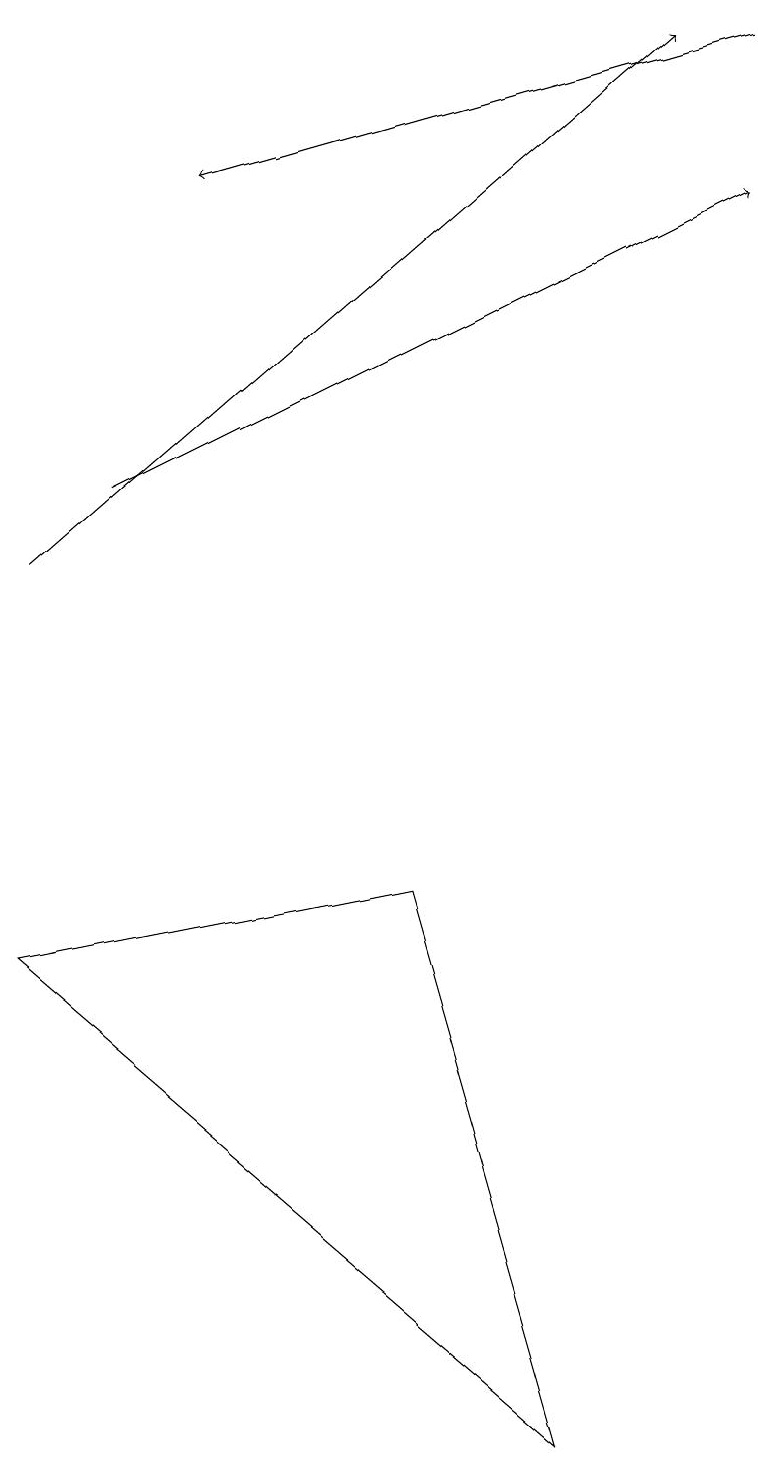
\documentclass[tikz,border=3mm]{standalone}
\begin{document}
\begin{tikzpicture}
\draw[->] (1,13) -- (9,17);
\draw (5,8) -- (7,1) -- (0,7) -- cycle;
\draw[->] (0,12) -- (8,19);
\draw[->] (9,19) -- (2,17);
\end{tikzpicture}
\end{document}